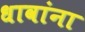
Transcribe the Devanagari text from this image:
धावांना